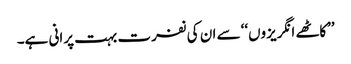
’’کاٹھے انگریزوں‘‘ سے ان کی نفرت بہت پرانی ہے۔